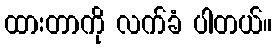
ထားတာကို လက်ခံ ပါတယ်။